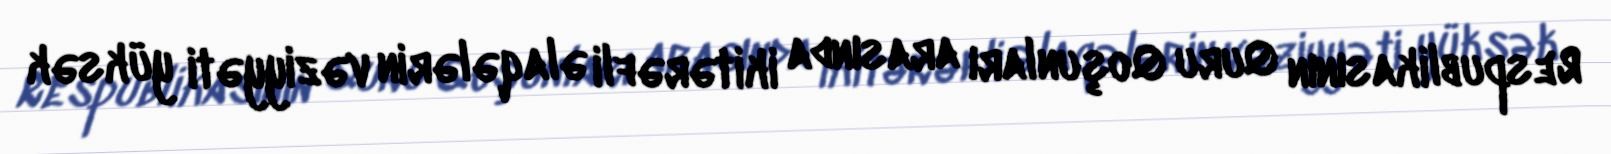
Respublikasının Quru Qoşunları arasında ikitərəfli əlaqələrin vəziyyəti yüksək